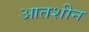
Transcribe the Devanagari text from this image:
आतशीन